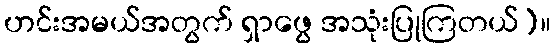
ဟင်းအမယ်အတွက် ရှာဖွေ အသုံးပြုကြတယ်)။